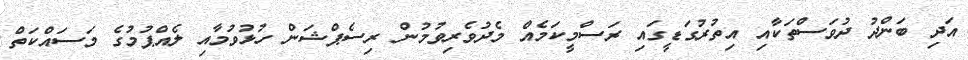
އަދި ބަންދު ދުވަސްތަކާއި އިތުރުގަޑީގައި ރަސްމީކަމެއް މެދުވެރިވުމުން ރިސެޕްޝަން ހުޅުވުމާއި ލެއްޕުމުގެ މަސައްކަތް